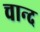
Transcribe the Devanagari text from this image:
चान्‍द